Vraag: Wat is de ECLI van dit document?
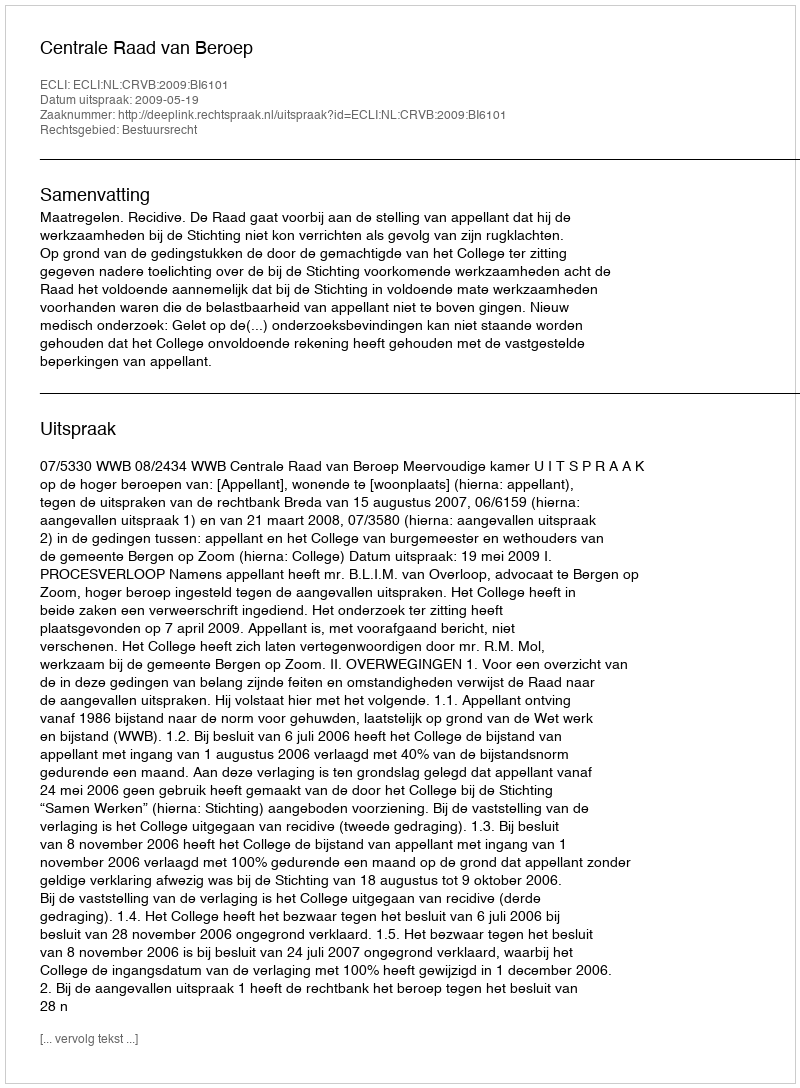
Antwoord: ECLI:NL:CRVB:2009:BI6101